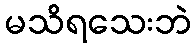
မသိရသေးဘဲ